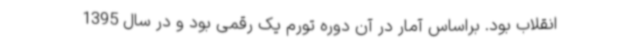
انقلاب بود. براساس آمار در آن دوره تورم یک رقمی بود و در سال 1395